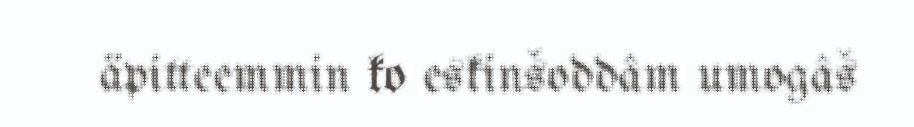
äpitteemmin ko eskinšoddâm umogâš